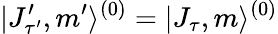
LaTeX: |J_{\tau^{\prime}}^{\prime},m^{\prime}\rangle^{(0)}=|J_{\tau},m\rangle^{(0)}